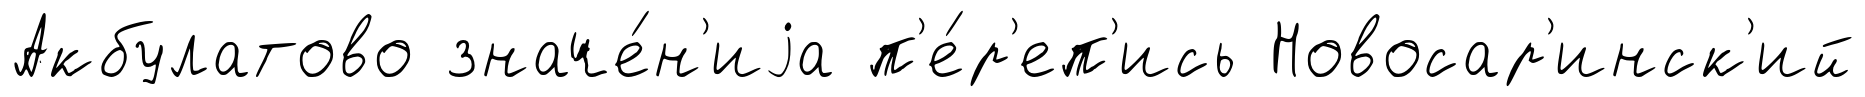
Акбулатово значе́н'иjа п'е́р'еп'ись Новосар'инск'ий